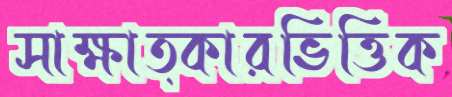
সাক্ষাত্কারভিত্তিক